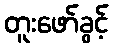
တူးဖော်ခွင့်